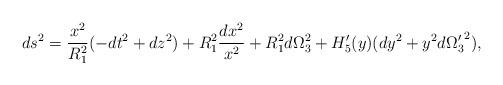
LaTeX: \begin{align*}ds^2 = {x^2\over R_1^{2}}(-dt^2 + dz^2) + R_1^{2} {dx^2\over x^2} +R_1^{2}d\Omega_3^{2} + H'_5(y)(dy^2 + y^2 d{\Omega'_3}^{2}),\end{align*}